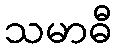
သမာဓီ